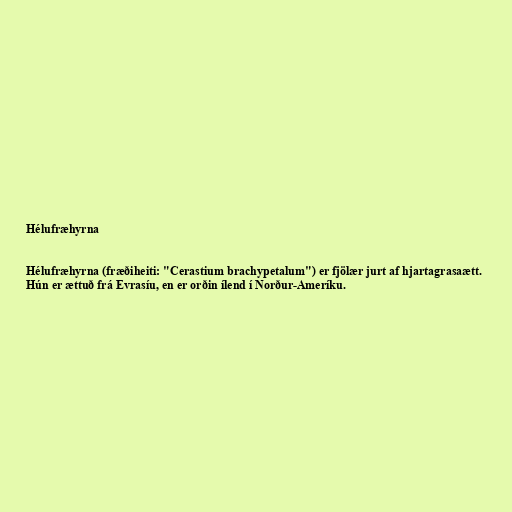
Hélufræhyrna

Hélufræhyrna (fræðiheiti: "Cerastium brachypetalum") er fjölær jurt af hjartagrasaætt.
Hún er ættuð frá Evrasíu, en er orðin ílend í Norður-Ameríku.